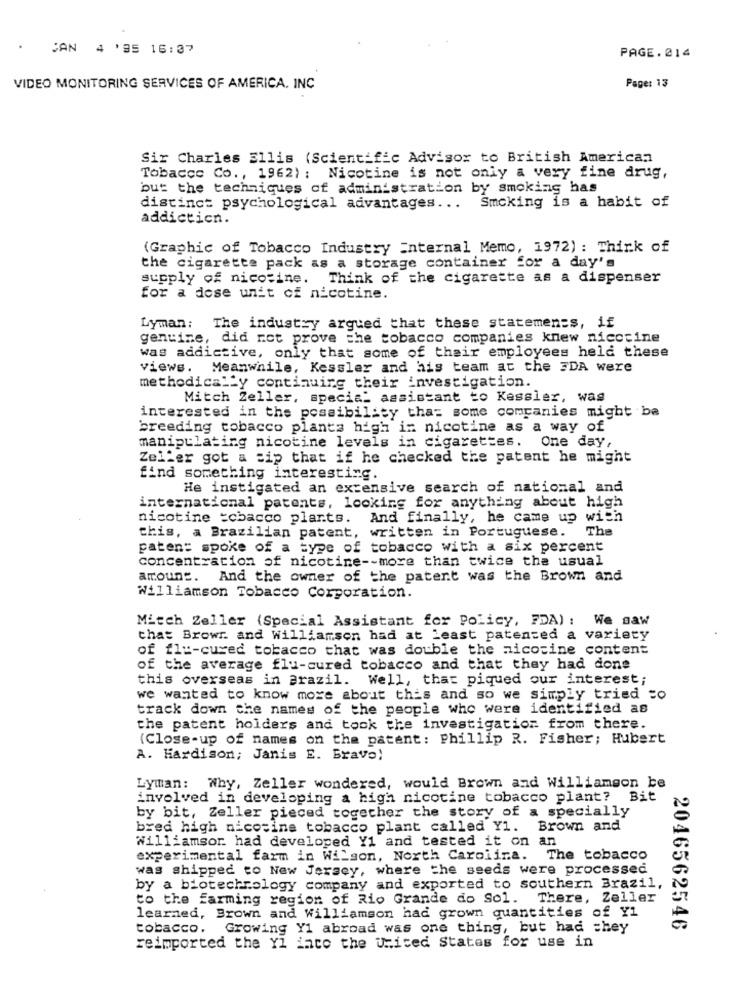
CAN 4 '95 16:37
PAGE.214
VIDEO MONITORING SERVICES OF AMERICA. INC
Page: 13
Sir Charles Ellis (Scientific Advisor to British American
Tobacco Co ., 1962) : Nicotine is not only a very fine drug,
but the techniques of administration by smoking has
Smcking is a habit of
distinct psychological advantages ...
addiction.
(Graphic of Tobacco Industry internal Memo, 1972) : Think of
the cigarette pack as a storage container for a day's
supply of nicotine. Think of the cigarette as a dispenser
for a dese unit of nicotine.
Lyman: The industry argued that these statements, if
genuine, did not prove the tobacco companies knew nicotine
was addictive, only that some of their employees held these
views.
Meanwhile, Kessler and his team at the FDA were
methodically continuing their investigation.
Mitch Zeller, special assistant to Kessler, was
interested in the possibility that some companies might be
breeding tobacco plants high in nicotine as a way of
manipulating nicotine levels in cigarettes. One day,
Zeller got a sip that if he checked the patent he might
find something interesting.
He instigated an extensive search of national and
international patents, looking for anything about high
nicotine tobacco plants. And finally, he came up with
The
this, a Brazilian patent, written in Portuguese.
paten: spoke of a type of tobacco with a six percent
concentration of nicotine -- more than twice the usual
amount. And the owner of the patent was the Brown and
Williamson Tobacco Corporation.
Mitch Zeller (Special Assistant for Policy, FDA) : We saw
that Browr. and Williamson had at Least patented a variety
of fle-cured tobacco that was double the nicotine content
of the average flu-cured tobacco and that they had done
this overseas in Brazil. Well, that piqued our interest;
we wanted to know more about this and so we simply tried to
track down the names of the people who were identified as
the patent holders and took the investigation from there.
(Close-up of names on the patent: Phillip R. Fisher; Hubert
A. Hardison; Janis E. Bravo!
Lyman: Why, Zeller wondered, would Brown and Williamgon be
involved in developing a high nicotine tobacco plant? Bit
by bit, Zeller pieced together the story of a specially
bred high nicotine tobacco plant called Y1. Brown and
Williamsor had developed Y1 and tested it on an
experimental farm in Wilson, North Carolina. The tobacco
was shipped to New Jersey, where the seeds were processed
by a biotechnology company and exported to southern Brazil,
to the farming region of Rio Grande do Sol. There, Zeller
learned, Brown and Williamson had grown quantities of Y1
tobacco.
Growing Y1 abroad was one thing, but had chey
2046562546
reimported the Yl into the United States for use in